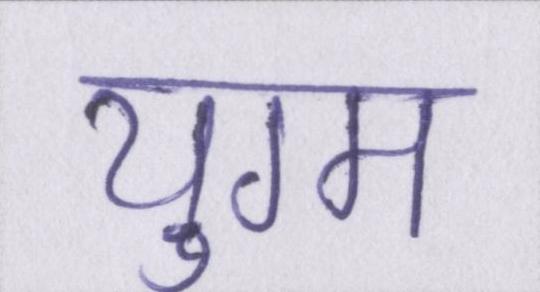
युग्म